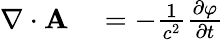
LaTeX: \begin{array}{rl}{\mathbf{\nabla}\cdot\mathbf{A}}&{{}=-{\frac{1}{c^{2}}}{\frac{\partial\varphi}{\partial t}}}\end{array}